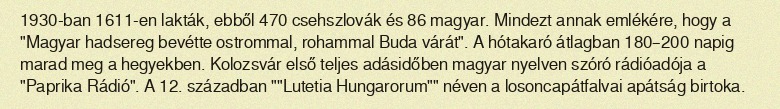
1930-ban 1611-en lakták, ebből 470 csehszlovák és 86 magyar. Mindezt annak emlékére, hogy a "Magyar hadsereg bevétte ostrommal, rohammal Buda várát". A hótakaró átlagban 180–200 napig marad meg a hegyekben. Kolozsvár első teljes adásidőben magyar nyelven szóró rádióadója a "Paprika Rádió". A 12. században ""Lutetia Hungarorum"" néven a losoncapátfalvai apátság birtoka.